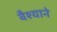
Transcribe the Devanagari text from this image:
वैश्याने